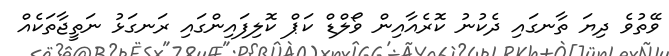
ވޭތުވެ ދިޔަ ތާނގައި ދެކުނު ކޮރެއާއިން ވޯލްޑް ކަޕް ކޮލިފައިންގައި ރަނގަޅު ނަތީޖާތަކެއް